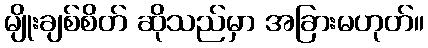
မျိုးချစ်စိတ် ဆိုသည်မှာ အခြားမဟုတ်။